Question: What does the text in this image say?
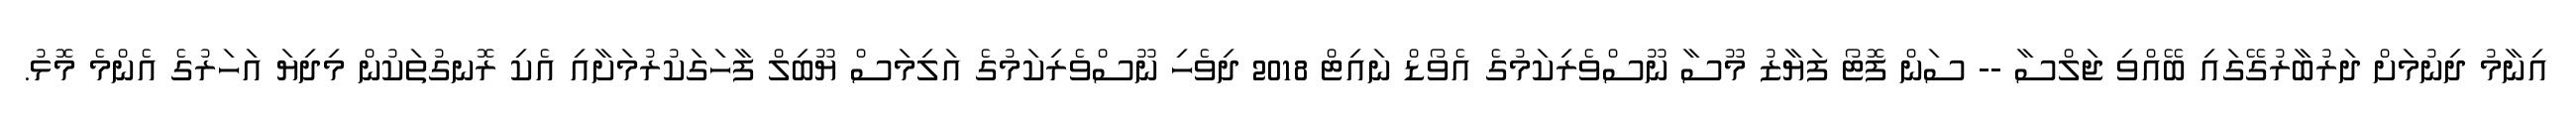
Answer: އިނާމު ދިނުމަށް ދަރުބާރުގޭގައި ބޭއްވި ޖަލްސާ -- ސަން ފޮޓޯ ފަޔާޒު މޫސާ ނޫސްވެރިކަމުގެ އެވޯޑް ނައިޓް 2018 ދިވެހި ނޫސްވެރިކަމުގެ އަލިމަސް ޔޫބިލް ފާހަގަކުރުމަށާއި އެކި ރޮނގުތަކުން މިދިޔަ އަހަރުގެ އެންމެ މޮޅު.